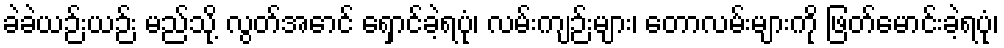
ခဲခဲယဉ်းယဉ်း မည်သို့ လွတ်အောင် ရှောင်ခဲ့ရပုံ၊ လမ်းကျဉ်းများ၊ တောလမ်းများကို ဖြတ်မောင်းခဲ့ရပုံ၊